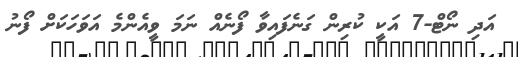
އަދި ނޯޓް-7 އަކީ ކުރިން ގަނެފައިވާ ފޯނެއް ނަމަ ވީއެންމެ އަވަހަކަށް ފޯނު